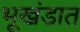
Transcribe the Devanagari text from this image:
भूखंडात